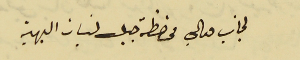
لجانب معالي محافظة جبل لبنان البهية